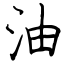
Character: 油